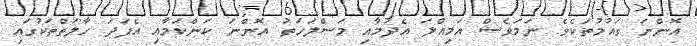
އޮންނަ ގައުމުތަކެވެ. ނަމަވެސް އަމިއްލަ އެދުމާއި މަސްލަހަތު އޮންނަ ކަންކަމާއި އެފަދަ ހާލަތްތަކުގައި